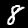
Digit: 8